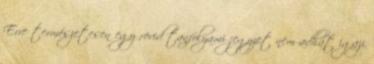
Erre természetesen egy rövid tanfolyami jegyzet nem adhat igazi